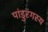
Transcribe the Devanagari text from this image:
पांडुरंगस्य